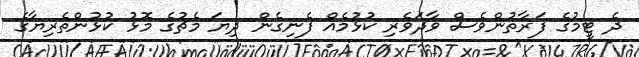
ދެ ޓީމުގެ ފަރާތުންވެސް ވާދަވެރި ކުޅުމެއް ފެނިގެން ދިޔަ މެޗުގެ މޮޅު ކުޅުންތެރިޔާގެ